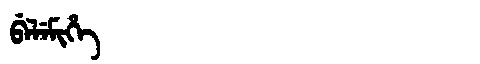
Manchu: ᠪᡝᠯᡝᠮᡳᡥᡝ
Romanization: BELEMIHE